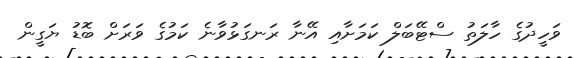
ވަހީދުގެ ހާލަތު ސްޓޭބަލް ކަމަށާއި އޭނާ ރަނގަޅުވާނެ ކަމުގެ ވަރަށް ބޮޑު ޔަގީން